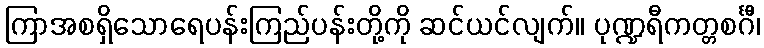
ကြာအစရှိသောရေပန်းကြည်ပန်းတို့ကို ဆင်ယင်လျက်။ ပုဏ္ဍရီကတ္တစင်္ဂီ၊